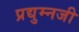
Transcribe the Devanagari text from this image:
प्रद्युम्नजी